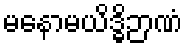
မနောမယိဒ္ဓိဉာဏံ